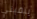
يبقيني